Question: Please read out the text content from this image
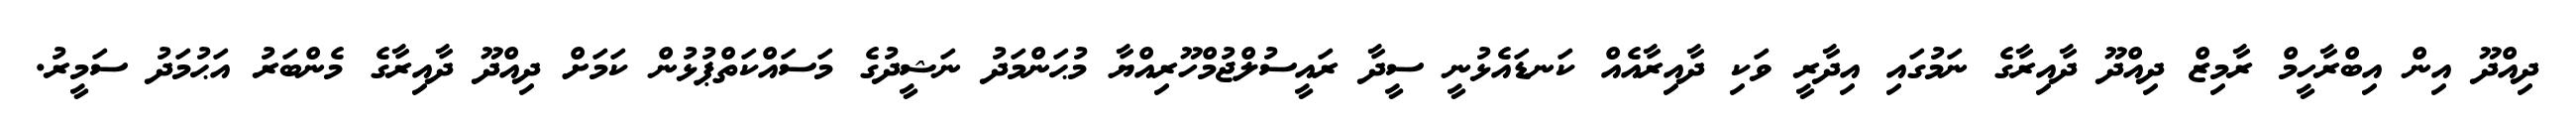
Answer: ދިއްދޫ އިން އިބްރާހީމް ރާމިޒް ދިއްދޫ ދާއިރާގެ ނަމުގައި އިދާރީ ވަކި ދާއިރާއެއް ކަނޑައެޅުނީ ސީދާ ރައީސުލްޖުމްހޫރިއްޔާ މުޙަންމަދު ނަޝީދުގެ މަސައްކަތްޕުޅުން ކަމަށް ދިއްދޫ ދާއިރާގެ މެންބަރު އަޙުމަދު ސަމީރު.